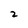
Character: 2